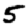
Digit: 5